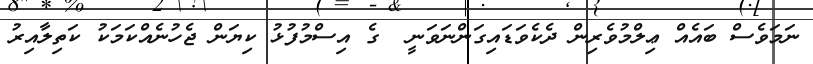
ނަމަވެސް ބައެއް ޢިލްމުވެރިން ދެކެވަޑައިގަންނަވަނީ  ގެ އިސްމުފުޅު ކިޔަން ޖެހުނެއްކަމަކު ކަތިލާއިރު